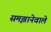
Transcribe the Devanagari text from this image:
समझानेवाले